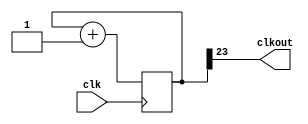
module clk_div(input clk, output clkout);
	reg [23:0] c = 24'b0;
	always @(posedge clk)
	begin
	  c = c +1'b1;
	end
	assign clkout=c[23];
endmodule


module dff(input D, clk, rst, en, output reg o);
	always @(posedge clk or posedge rst or posedge en)
		begin
		if(rst)
			o <= 1'b0;
		else if(en)
			o <= 1'b1;
		else
			o <= D;	
		end
endmodule


module PRBS(input clk, rst, en, output o);
 wire o1,o2,o3;
 wire temp;
  
  dff d1(temp, clk, rst, en, o1);
  dff d2(o1, clk, rst, en, o2);
  dff d3(o2, clk, rst, en, o3);
  
 assign temp = o1 ^ o3;
 assign o = o1+o2*2'b10+o3*3'b100;
endmodule


module sequence_detector(input clk, rst, en,input[3:0] seq, output led, output reg [3:0] str);
clk_div c(clk, clko);
wire rnd;
PRBS p1(clko,rst,en,rnd);

 always @ (posedge clko)
   begin
	  str[3] <= str[2];
	  str[2] <= str[1];
	  str[1] <= str[0];
	  str[0] <= rnd;
   end
assign led = (str==seq) ? 1:0;
  
endmodule